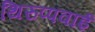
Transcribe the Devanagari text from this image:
थिरुप्पवाई